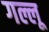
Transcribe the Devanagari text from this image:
गल्लू